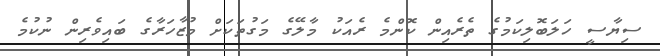
ސިޔާސީ ހަލަބޮލިކަމުގެ ތެރެއިން ކޮންމެ ރެއަކު މާލޭގެ މަގުތަކަށް މުޒާހަރާގެ ބައިވެރިން ނުކުމެ